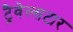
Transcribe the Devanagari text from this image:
ट्रैवेल्सटार